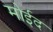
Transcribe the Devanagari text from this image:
मोईद